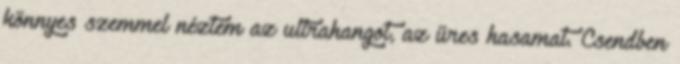
könnyes szemmel néztem az ultrahangot, az üres hasamat. Csendben